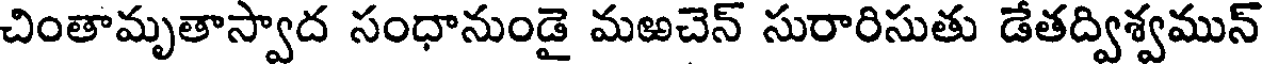
చింతామృతాస్వాద సంధానుండై మఱచెన్ సురారిసుతు డేతద్విశ్వమున్